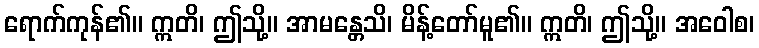
ရောက်ကုန်၏။ ဣတိ၊ ဤသို့။ အာမန္တေသိ၊ မိန့်တော်မူ၏။ ဣတိ၊ ဤသို့။ အဝေါစ၊